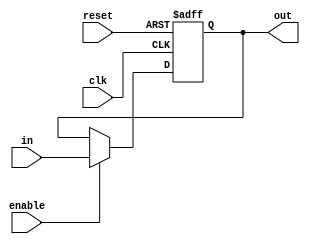
`define data_bus_wide 16
`define addr_bus_wide 8


module reg_with_enable_and_reset #(parameter width = 8) (in, clk, enable, reset, out);
	input clk, enable, reset;
	input [width-1:0] in;
	output reg [width-1:0] out;
	
	always @(negedge clk, posedge reset) begin
		if (reset) 
			out <= {width{1'b0}};
		else if (enable)
			out <= in;
	end
endmodule


module Program_counter(
	input PC_in, Done, PC_clk, reset,
	input [`data_bus_wide-1:0] Data_bus,
	output [`addr_bus_wide-1:0] addr);
	
	wire [`addr_bus_wide-1:0] addr_plus_one, next_addr, bus_addr;
	
	reg_with_enable_and_reset #(.width(`addr_bus_wide)) current_addr_reg(next_addr, PC_clk, Done, reset, addr);
	
	assign bus_addr = Data_bus[`addr_bus_wide-1:0];
	assign addr_plus_one = addr + 1'b1;
	assign next_addr = PC_in ? bus_addr : addr_plus_one;
	
endmodule